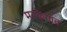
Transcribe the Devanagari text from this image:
मरकेगांव